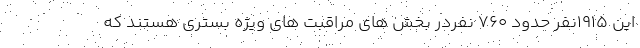
این ۱۹۱۵نفر حدود ۷۶۰ نفردر بخش های مراقبت های ویژه بستری هستند که